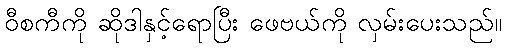
ဝီစကီကို ဆိုဒါနှင့်ရောပြီး ဖေဗယ်ကို လှမ်းပေးသည်။